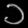
Digit: ၁